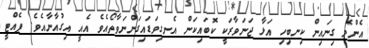
އެންމެ ގިނައިން ކިނބިހި އަޅާ ޖަނަވާރަކީ ކޮބައިކަން އެނގިވަޑައިގަންނަވާތޯއެވެ އެއީ އިގުއާނާއެވެ. ޕެއްޓީ